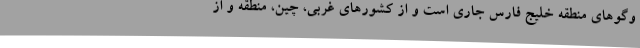
وگوهای منطقه خلیج فارس جاری است و از کشورهای غربی، چین، منطقه و از